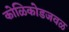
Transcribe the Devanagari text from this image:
कोळिकोडजवळ